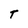
Character: T